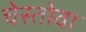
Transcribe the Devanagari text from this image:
चेस्तोवा